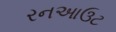
રનઆઉટ